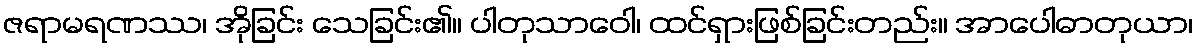
ဇရာမရဏဿ၊ အိုခြင်း သေခြင်း၏။ ပါတုသာဝေါ၊ ထင်ရှားဖြစ်ခြင်းတည်း။ အာပေါဓာတုယာ၊